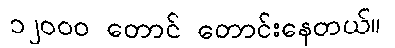
၁၂ဝဝဝ တောင် တောင်းနေတယ်။